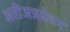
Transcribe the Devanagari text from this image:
अतीअन्नसेवन